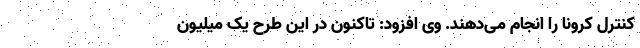
کنترل کرونا را انجام می‌دهند. وی افزود: تاکنون در این طرح یک میلیون